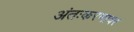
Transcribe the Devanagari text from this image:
अंतःकरणावर